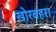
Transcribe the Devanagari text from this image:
खोरबहरा